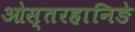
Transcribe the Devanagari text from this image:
ओस्तरहानिङे